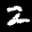
Label: 2